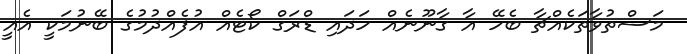
މަސްތުވާތަކެއްޗާ ބެހޭ އާ ގާނޫނެއް ހަދައި ޑްރަގް ކޯޓެއް އުފެއްދުމުގެ ބޭނުމަކީ އެއީ